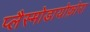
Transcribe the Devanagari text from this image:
प्लैस्मोडायोफ़ोरा